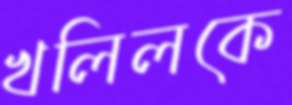
খলিলকে